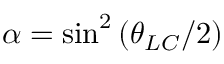
\alpha = \sin ^ { 2 } \left( \theta _ { L C } / 2 \right)